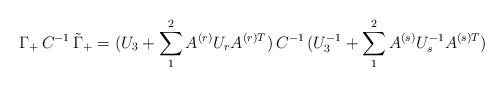
LaTeX: \begin{align*}\Gamma_+\, C^{-1}\, \tilde\Gamma_+ = (U_3 + \sum_1^2 A^{(r)} U_rA^{(r)T})\, C^{-1}\, (U_3^{-1} + \sum_1^2 A^{(s)} U_s^{-1}A^{(s)T})\end{align*}